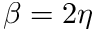
\beta = 2 \eta